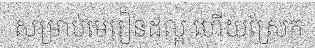
សម្រាប់មេរៀនដល្អ ហើយស្រែក